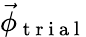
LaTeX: \vec{\phi}_{\mathrm{~t~r~i~a~l~}}